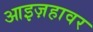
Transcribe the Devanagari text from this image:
आइज़हावर